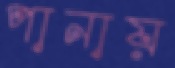
পানায়